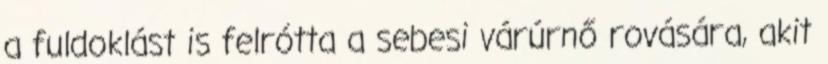
a fuldoklást is felrótta a sebesi várúrnő rovására, akit